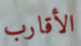
الأقارب